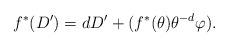
LaTeX: \begin{align*}f^*(D') = dD' +(f^*(\theta)\theta^{-d}\varphi).\end{align*}